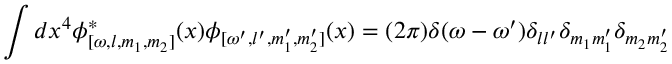
\int d x ^ { 4 } \phi _ { [ \omega , l , m _ { 1 } , m _ { 2 } ] } ^ { \ast } ( x ) \phi _ { [ \omega ^ { \prime } , l ^ { \prime } , m _ { 1 } ^ { \prime } , m _ { 2 } ^ { \prime } ] } ( x ) = ( 2 \pi ) \delta ( \omega - \omega ^ { \prime } ) \delta _ { l l ^ { \prime } } \delta _ { m _ { 1 } m _ { 1 } ^ { \prime } } \delta _ { m _ { 2 } m _ { 2 } ^ { \prime } }